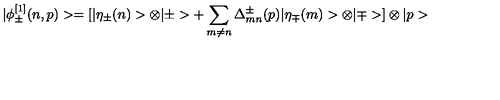
| \phi _ { \pm } ^ { [ 1 ] } ( n , p ) > = [ | \eta _ { \pm } ( n ) > \otimes | \pm > + \sum _ { m \ne n } \Delta _ { m n } ^ { \pm } ( p ) | \eta _ { \mp } ( m ) > \otimes | \mp > ] \otimes | p >